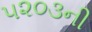
૫૨૦૩ની